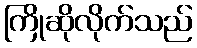
ကြိုဆိုလိုက်သည်